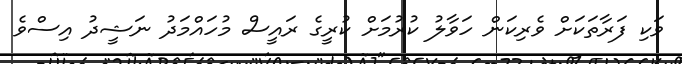
ވަކި ފަރާތަކަށް ވެރިކަން ހަވާލު ކުުރުމަށް ކުރީގެ ރައީސް މުހައްމަދު ނަޝީދު އިސްވެ